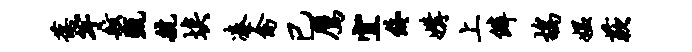
葆竽舷甄航埃凑禽已鹰宜终媾上僻鸪媪蔌